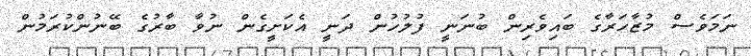
ނަމަވެސް މުޒާހަރާގެ ބައިވެރިން ބުނަނީ ފުލުހުން ދަނީ އެކަށީގެން ނުވާ ބާރުގެ ބޭނުންކުރަމުން